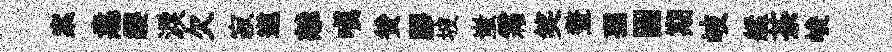
案恚纓淚欠寂遨離嗔赞膠坡蚩霜笑鳌孺圖期岐艋荼峻